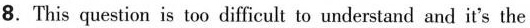
8. This question is too difficult to understand and it's the